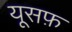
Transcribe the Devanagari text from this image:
यूसफ़